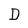
Character: D